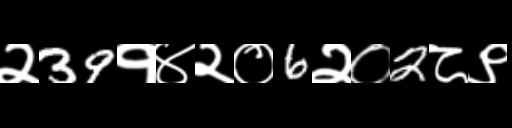
Text: २39१४२०6२०2८९